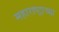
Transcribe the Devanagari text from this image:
महाराष्‍ट्राच्या